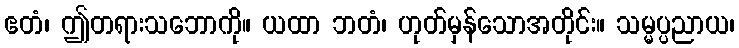
ဧတံ၊ ဤတရားသဘောကို။ ယထာ ဘတံ၊ ဟုတ်မှန်သောအတိုင်း။ သမ္မပ္ပညာယ၊